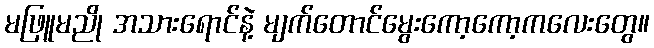
မဖြူမညို အသားရောင်နဲ့ မျက်တောင်မွေးကော့ကော့ကလေးတွေ။